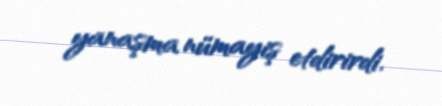
yanaşma nümayiş etdirirdi.